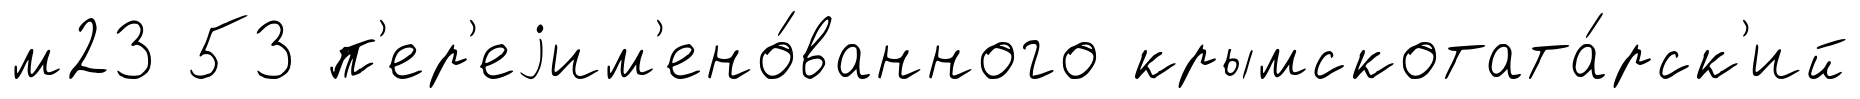
м23 53 п'ер'еjим'ено́ванного крымскотата́рск'ий